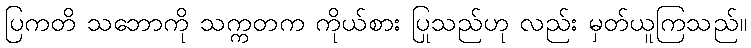
ပြကတိ သဘောကို သက္ကတက ကိုယ်စား ပြုသည်ဟု လည်း မှတ်ယူကြသည်။